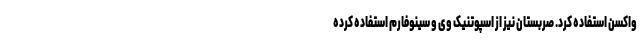
واکسن استفاده کرد. صربستان نیز از اسپوتنیک وی و سینوفارم استفاده کرده